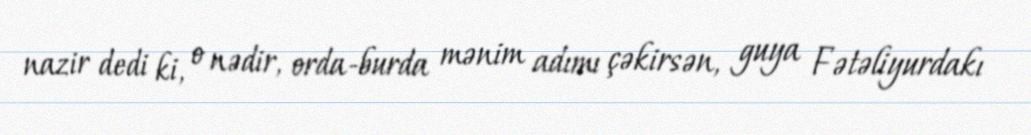
nazir dedi ki, o nədir, orda-burda mənim adımı çəkirsən, guya Fətəliyurdakı